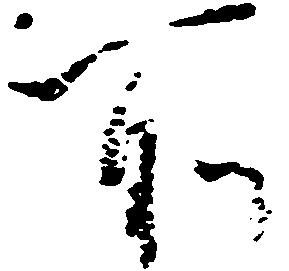
所